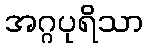
အဂ္ဂပုရိသာ